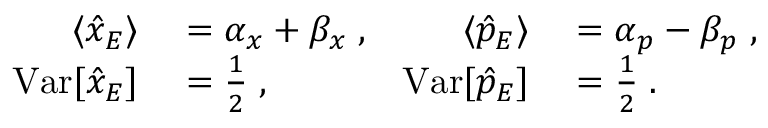
\begin{array} { r l r l } { \langle \hat { x } _ { E } \rangle } & { { } = \alpha _ { x } + \beta _ { x } \; , } & { \langle \hat { p } _ { E } \rangle } & { { } = \alpha _ { p } - \beta _ { p } \; , } \\ { \mathrm { V a r } [ \hat { x } _ { E } ] } & { { } = \frac { 1 } { 2 } \; , } & { \mathrm { V a r } [ \hat { p } _ { E } ] } & { { } = \frac { 1 } { 2 } \; . } \end{array}